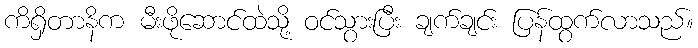
ကိရှိတာနိက မီးဖိုဆောင်ထဲသို့ ဝင်သွားပြီး ချက်ချင်း ပြန်ထွက်လာသည်။